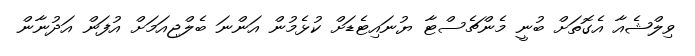
ވިލްޝެއާ އެގޮތަށް ބުނީ މެންޗެސްޓާ ޔުނައިޓެޑަށް ކުޅެމުން އަންނަ ބެލްޖިއަމަށް އުފަން އަދުނާން